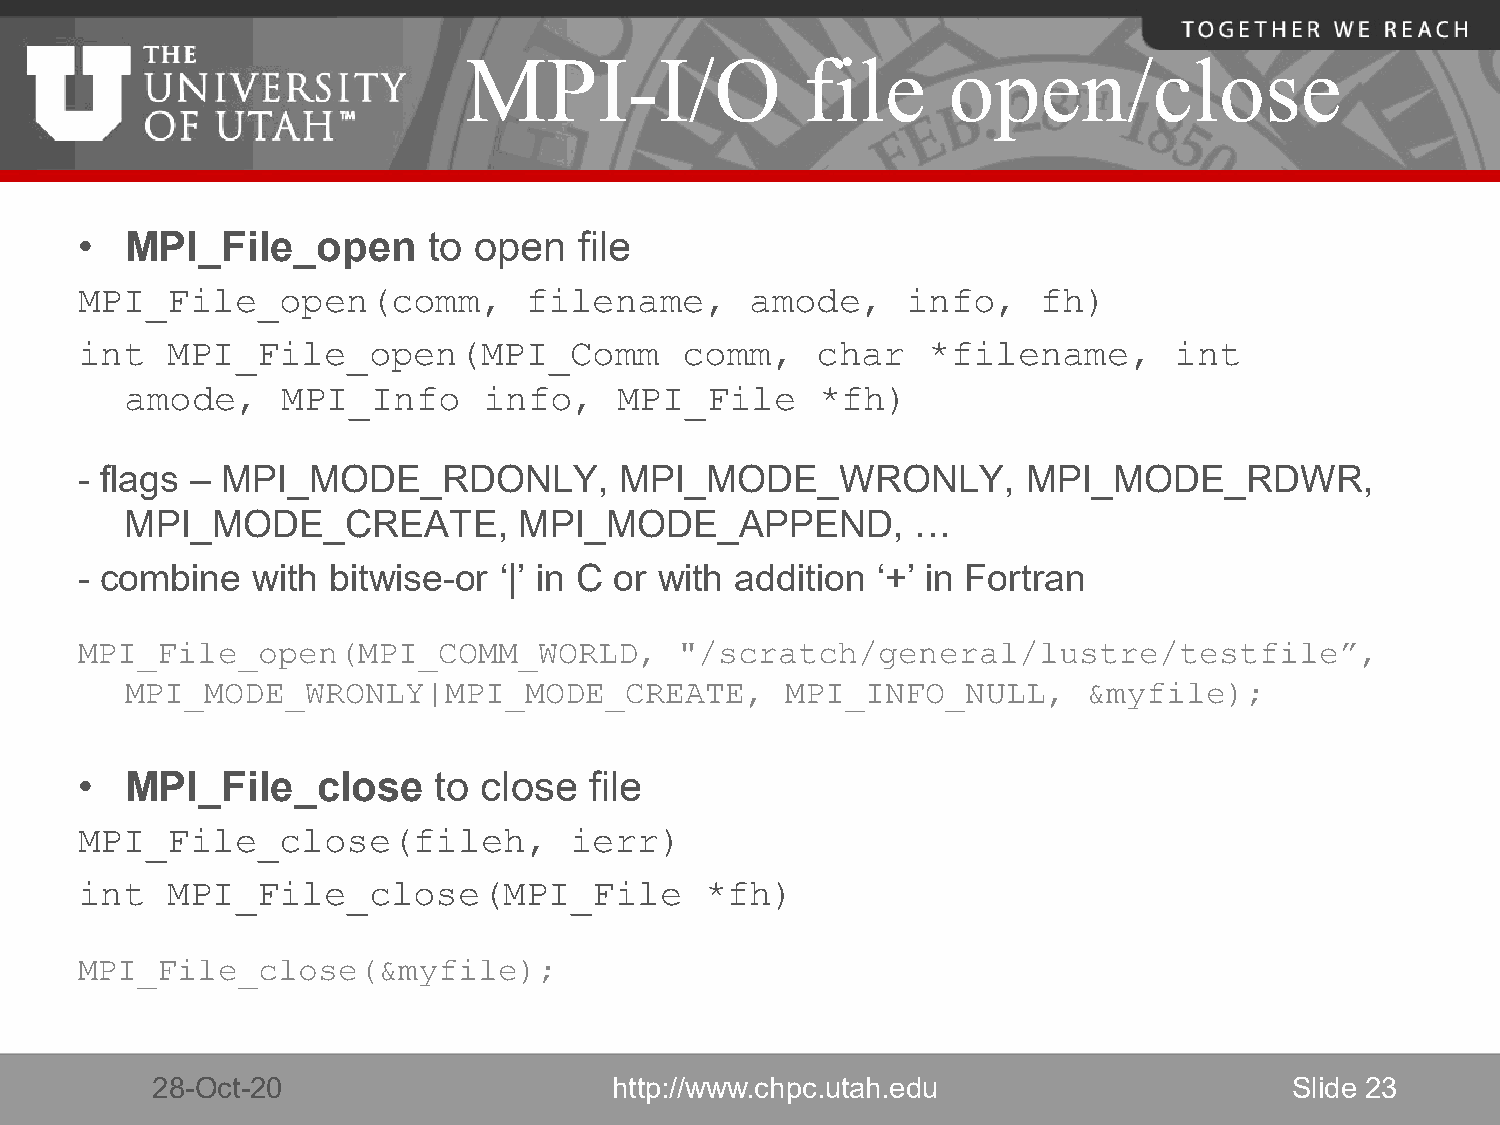
MPI-I/O               file      open/close
 •  MPI_File_open       to open   file
 MPI_File_open(comm,           filename,      amode,    info,    fh)
 int   MPI_File_open(MPI_Comm            comm,    char   *filename,       int
 amode,     MPI_Info     info,    MPI_File     *fh)
 - flags – MPI_MODE_RDONLY,          MPI_MODE_WRONLY,           MPI_MODE_RDWR,
 MPI_MODE_CREATE,          MPI_MODE_APPEND,           …
 - combine   with bitwise-or ‘|’ in C or with addition ‘+’ in Fortran
 MPI_File_open(MPI_COMM_WORLD,           "/scratch/general/lustre/testfile”,
 MPI_MODE_WRONLY|MPI_MODE_CREATE,            MPI_INFO_NULL,      &myfile);
 •  MPI_File_close       to close  file
 MPI_File_close(fileh,            ierr)
 int   MPI_File_close(MPI_File             *fh)
 MPI_File_close(&myfile);
 28-Oct-20                      http://www.chpc.utah.edu                     Slide 23